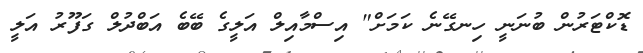
ޑޮކްޓަރުން ބުނަނީ ހިނގޭނެ ކަމަށް" އިސްމާއިލް އަލީގެ ބޭބެ އަބްދުލް ގަފޫރު އަލީ